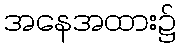
အနေအထား၌